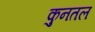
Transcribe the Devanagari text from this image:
कुनतल